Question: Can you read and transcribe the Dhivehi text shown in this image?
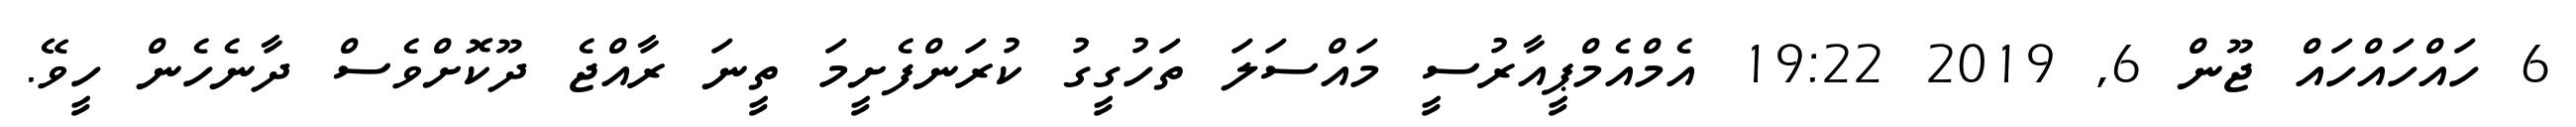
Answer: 6 ހައްހައްހައް ޖޫން 6, 2019 19:22 އެމްއެމްޕީއާރުސީ މައްސަލަ ތަހުގީގު ކުރަންފެށީމަ ތީނަ ރާއްޖެ ދޫކޮށްވެސް ދާނެހެން ހީވޭ.